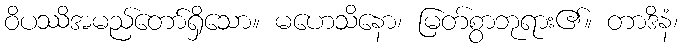
ဝိပဿိအမည်တော်ရှိသော။ မဟေသိနော၊ မြတ်စွာဘုရား၏။ တာဒိနံ၊